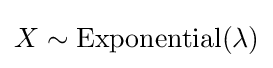
X\sim \mathrm {Exponential} (\lambda )